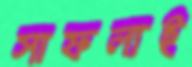
সাফল্যই